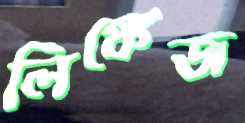
লিঙ্কেজ